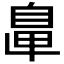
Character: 𦤓